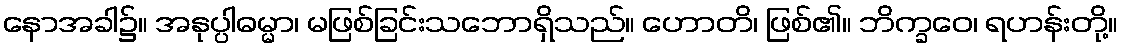
နောအခါ၌။ အနုပ္ပါဓမ္မာ၊ မဖြစ်ခြင်းသဘောရှိသည်။ ဟောတိ၊ ဖြစ်၏။ ဘိက္ခဝေ၊ ရဟန်းတို့။